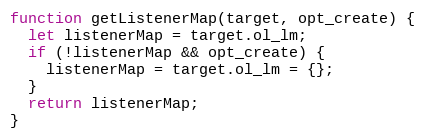
Language: JavaScript
function getListenerMap(target, opt_create) {
  let listenerMap = target.ol_lm;
  if (!listenerMap && opt_create) {
    listenerMap = target.ol_lm = {};
  }
  return listenerMap;
}